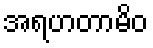
အရဟတာမိဝ